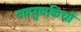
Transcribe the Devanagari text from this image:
नवयुवकियों